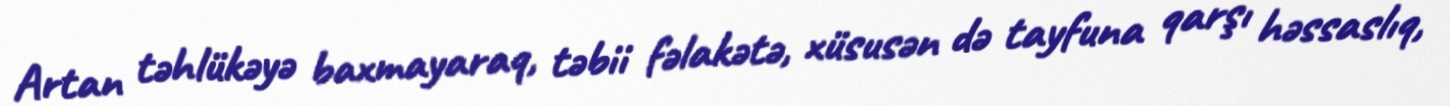
Artan təhlükəyə baxmayaraq, təbii fəlakətə, xüsusən də tayfuna qarşı həssaslıq,